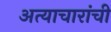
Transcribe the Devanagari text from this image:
अत्याचारांची